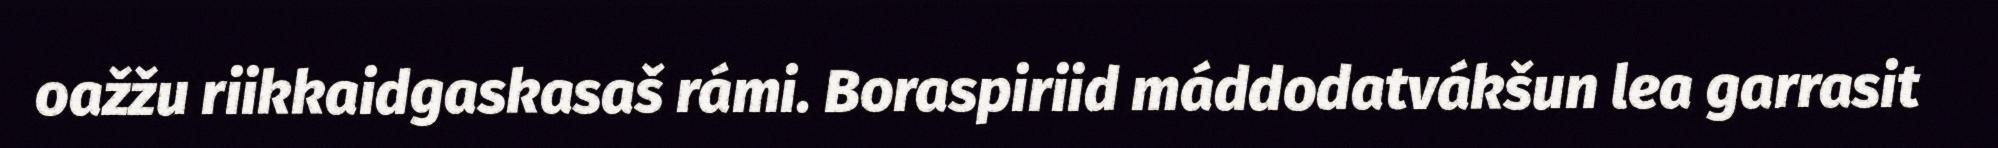
oažžu riikkaidgaskasaš rámi. Boraspiriid máddodatvákšun lea garrasit